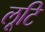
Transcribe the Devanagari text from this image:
लूटि